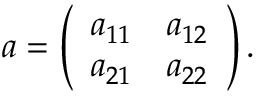
a = \left( \begin{array} { c c } { { a _ { 1 1 } } } & { { a _ { 1 2 } } } \\ { { a _ { 2 1 } } } & { { a _ { 2 2 } } } \end{array} \right) .